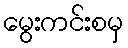
မွေးကင်းစမှ